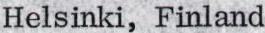
Helsinki, Finland